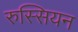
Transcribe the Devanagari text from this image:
रुस्सियन